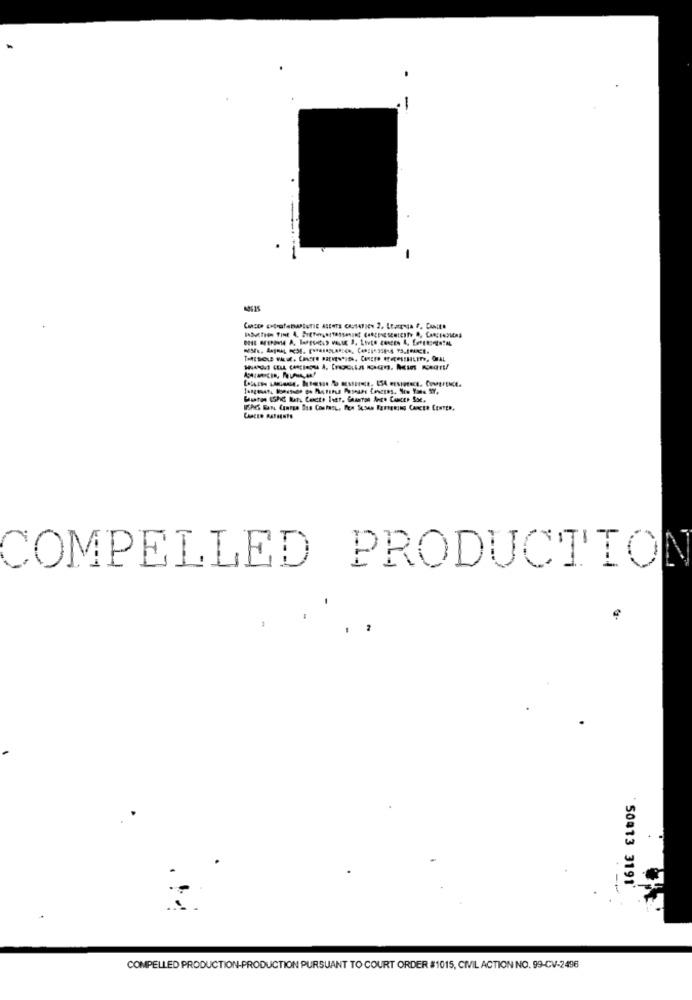
COMPELLED PRODUCTIO
--
50#13 3191'
COMPELLED PRODUCTION-PRODUCTION PURSUANT TO COURT ORDER #1015, CIVIL ACTION NO. 99-CV-2496